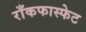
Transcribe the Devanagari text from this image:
राँकफास्फेट